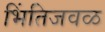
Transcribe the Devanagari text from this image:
भिंतिजवळ